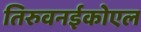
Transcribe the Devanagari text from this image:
तिरुवनईकोएल